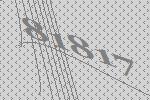
81817